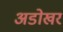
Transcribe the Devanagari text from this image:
अडोखर